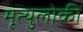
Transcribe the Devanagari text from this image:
मृत्युलोकीं